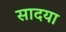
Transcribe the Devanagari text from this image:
सादया